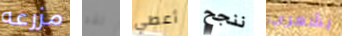
مزرعه لقد أعطي ننجح بشعري